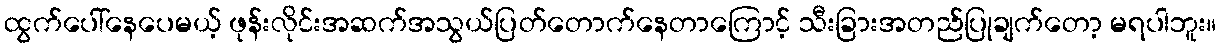
ထွက်ပေါ်နေပေမယ့် ဖုန်းလိုင်းအဆက်အသွယ်ပြတ်တောက်နေတာကြောင့် သီးခြားအတည်ပြုချက်တော့ မရပါဘူး။